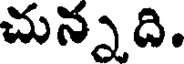
చున్నది.